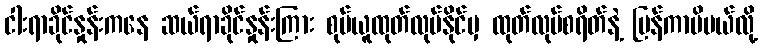
ငါးရာခိုင်နှုန်းကနေ ဆယ်ရာခိုင်နှုန်းကြား စုပ်ယူထုတ်လုပ်နိုင်မှ ထုတ်လုပ်စရိတ်နဲ့ ပြန်ကာမိမယ်လို့